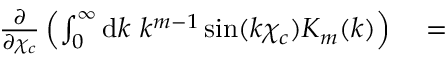
\begin{array} { r l } { \frac { \partial } { \partial \chi _ { c } } \left( \int _ { 0 } ^ { \infty } \mathrm { d } k \ k ^ { m - 1 } \sin ( k \chi _ { c } ) K _ { m } ( k ) \right) } & { { } = } \end{array}